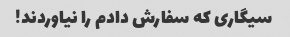
سیگاری که سفارش دادم را نیاوردند!